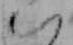
い